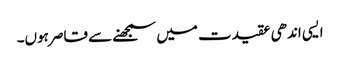
ایسی اندھی عقیدت میں سمجھنے سے قاصر ہوں۔